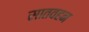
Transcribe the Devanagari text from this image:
सातवहन